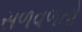
સળવળતો